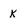
Character: K